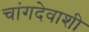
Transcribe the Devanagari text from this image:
चांगदेवाशी